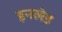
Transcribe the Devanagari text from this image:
इनलेड